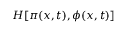
H [ \pi ( x , t ) , \phi ( x , t ) ]